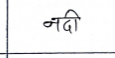
मजकूर: नदी